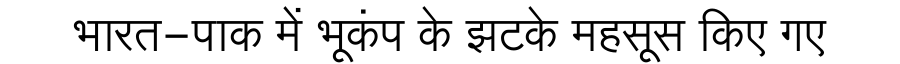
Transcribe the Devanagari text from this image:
भारत-पाक में भूकंप के झटके महसूस किए गए